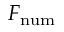
F _ { \mathrm { n u m } }